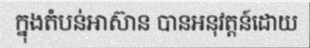
ក្នុងតំបន់អាស៊ាន បានអនុវត្តន៍ដោយ